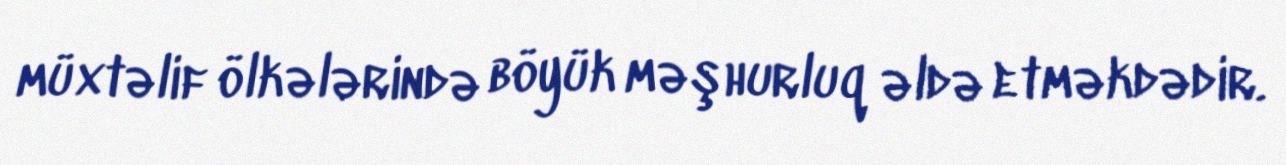
müxtəlif ölkələrində böyük məşhurluq əldə etməkdədir.